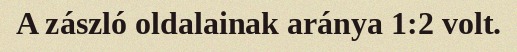
A zászló oldalainak aránya 1:2 volt.